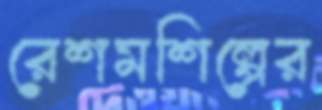
রেশমশিল্পের